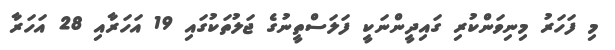
މި ފަހަރު މިނިވަންކުރި ގައިދީންނަކީ ފަލަސްތީނުގެ ޖަލުތަކުގައި 19 އަހަރާއި 28 އަހަރާ